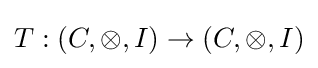
T:(C,\otimes ,I)\to (C,\otimes ,I)